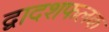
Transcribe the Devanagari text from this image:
द्वादशफलक